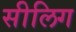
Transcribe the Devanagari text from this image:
सीलिग